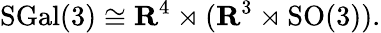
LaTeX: \mathrm{SGal}(3)\cong\mathbf{R}^{4}\rtimes(\mathbf{R}^{3}\rtimes\mathrm{SO}(3)).